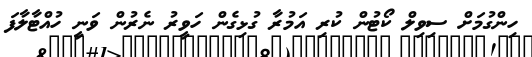
ހިންގުމަށް ސިވިލް ކޯޓުން ކުރި އަމުރާ ގުޅިގެން ހަވީރު ނެރުން ވަނީ ހުއްޓާލާފަ